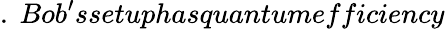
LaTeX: .\ Bob^{\prime}ssetuphasquantumefficiency